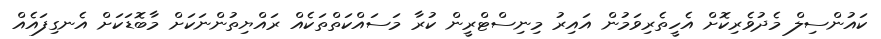
ކައުންސިލް މެދުވެރިކޮށް އެހީތެރިވަމުން އައިރު މިނިސްޓްރީން ކުރާ މަސައްކަތްތަކެއް ރައްޔިތުންނަކަށް މާބޮޑަކަށް އެނގިފައެއް